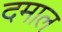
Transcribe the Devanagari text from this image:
दमाल